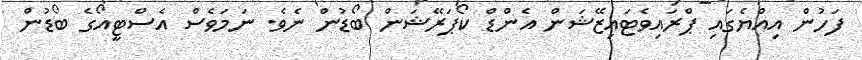
ފަހުން އިއްޔެގައި ޕްރައިވެޓައިޒޭޝަން އެންޑް ކޯޕަރޭޝަން ބޯޑުން ނެވެ. ނަމަވެސް އެސްޓީއޯގެ ބޯޑުން